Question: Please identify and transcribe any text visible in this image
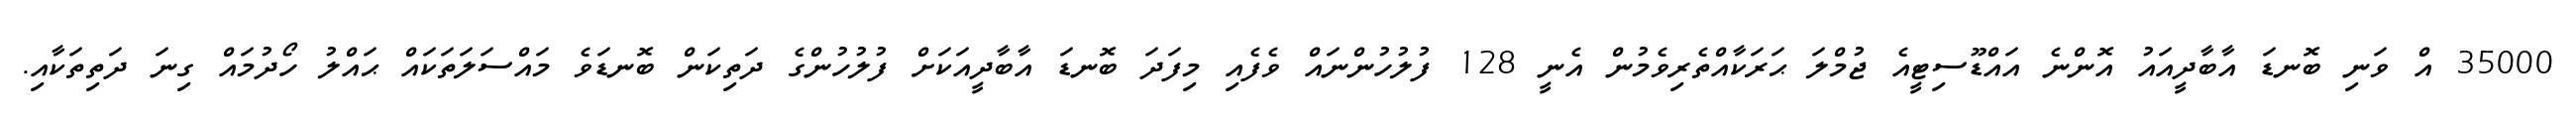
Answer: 35000 އް ވަނި ބޮނޑަ އާބާދީއައު އޮންނެ އައްޑޫސިޓީއެ ޖުމްލަ ޙަރަކާއްތެރިވެމުން އެނީ 128 ފުލުހުންނައް ވެފެއި މިފަދަ ބޮނޑަ އާބާދީއަކަށް ފުލުހުންގެ ދަތިކަން ބޮނޑަވެ މައްސަލަތަކައް ޙައްލު ހޯދުމައް ގިނަ ދަތިތަކާއި.